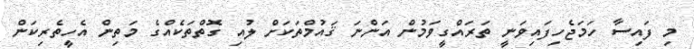
މި ފައިސާ ހަމަޖެހިފައިވަނީ ތަރައްގީވަމުން އަންނަ ޤައުމްތަކަށް ލުއި ގޮތްތަކެއްގެ މަތިން އެހީތެރިކަން